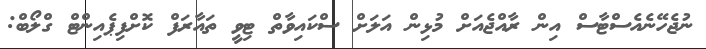
ނުޖެހޭނެއެސްޓާސް އިން ރާއްޖެއަށް މުޅިން އަލަށް ސްކައިވާތް ޓިވީ ތައާރަފް ކޮށްފިޕެއިންޓް ގްލޯބް: